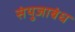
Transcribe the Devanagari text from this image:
संयुजाबंध